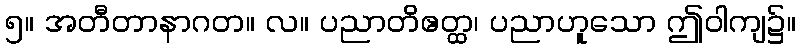
၅။ အတီတာနာဂတ။ လ။ ပညာတိဧတ္ထ၊ ပညာဟူသော ဤဝါကျ၌။